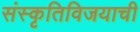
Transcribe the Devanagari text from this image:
संस्कृतिविजयाची